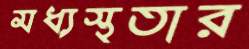
মধ্যস্থতার